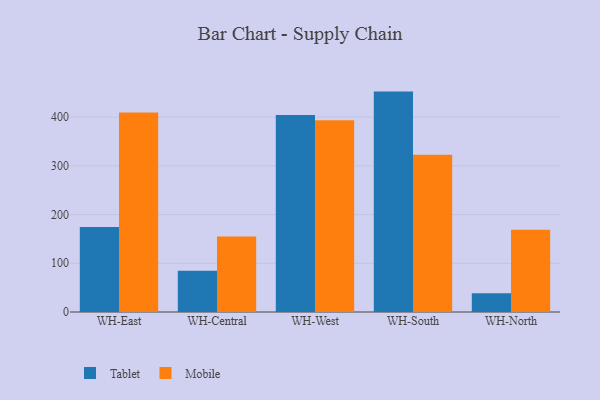
{"axis": {"x": "Warehouse", "y": "Gross Profit (USD K)"}, "legend": ["Mobile", "Tablet"], "data": [{"x": "WH-East", "y": 174.6, "type": "Tablet"}, {"x": "WH-East", "y": 409.4, "type": "Mobile"}, {"x": "WH-Central", "y": 84.8, "type": "Tablet"}, {"x": "WH-Central", "y": 155.2, "type": "Mobile"}, {"x": "WH-West", "y": 404.3, "type": "Tablet"}, {"x": "WH-West", "y": 393.5, "type": "Mobile"}, {"x": "WH-South", "y": 452.4, "type": "Tablet"}, {"x": "WH-South", "y": 322.8, "type": "Mobile"}, {"x": "WH-North", "y": 38.6, "type": "Tablet"}, {"x": "WH-North", "y": 169.0, "type": "Mobile"}]}